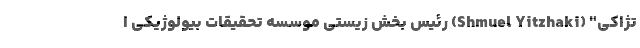
تژاکی" (Shmuel Yitzhaki) رئیس بخش زیستی موسسه تحقیقات بیولوژیکی ا